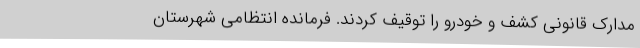
مدارک قانونی کشف و خودرو را توقیف کردند. فرمانده انتظامی شهرستان